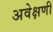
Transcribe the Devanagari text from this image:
अवेक्षणी